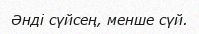
Әнді сүйсең, менше сүй.